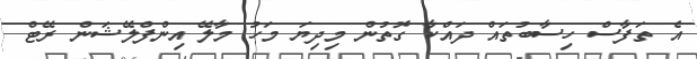
އެ ތަފާސް ހިސާބުތައް ދައްކާ ގޮތުން މިދިޔަ މަހު މާލޭ އިންފްލޭޝަން ރޭޓް